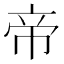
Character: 帝